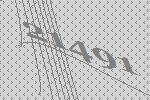
21491